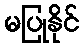
မပြုနိုင်